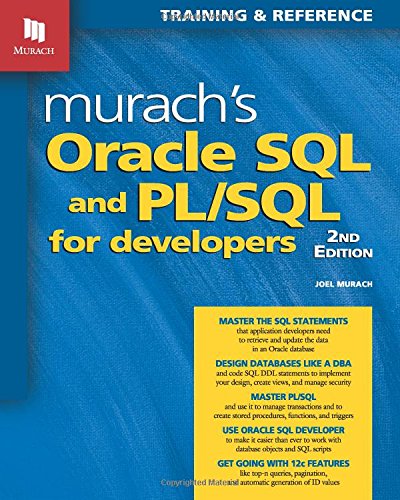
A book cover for Murach's Oracle SQL and PL/SQL for Developers, 2nd Edition; Joel Murach; Computers & Technology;